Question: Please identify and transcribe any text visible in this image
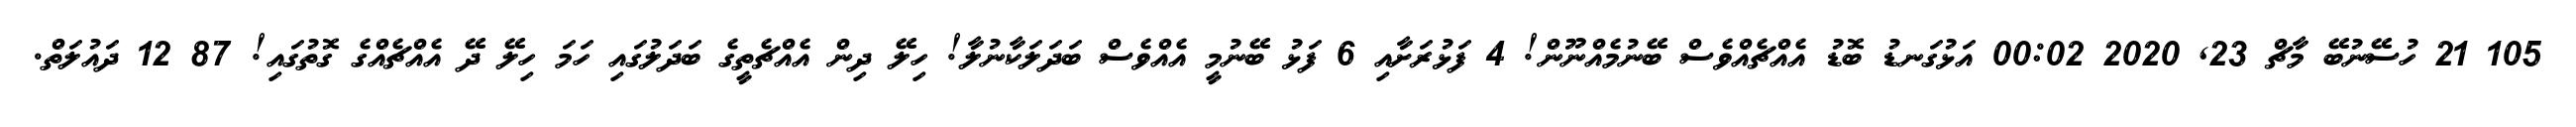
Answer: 105 21 ހުސޭނުބޭ މާޗް 23, 2020 00:02 އަޅުގަނޑު ބޮޑު އެއްޗެއްވެސް ބޭނުމެއްނޫން! 4 ފަޅުރަށާއި 6 ފަޅު ބޭނުމީ އެއްވެސް ބަދަލަކާނުލާ! ހިލޭ ދިން އެއްޗެތީގެ ބަދަލުގައި ހަމަ ހިލޭ ދޭ އެއްޗެއްގެ ގޮތުގައި! 87 12 ދައުލަތް.